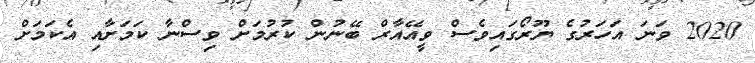
2020 ވަނަ އަހަރުގެ ޔޫރޯގައިވެސް ވީއޭއާރް ބޭނުން ކުރުމަށް ވިސްނާ ކަމަށާއި އެކަމަށް